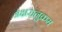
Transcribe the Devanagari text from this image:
अक्षरानुक्रम